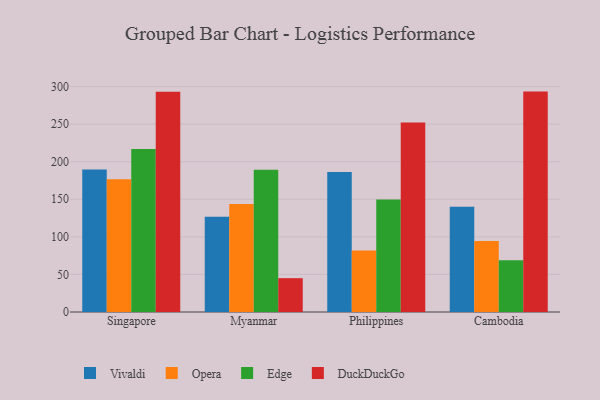
{"axis": {"x": "Country", "y": "Population (Million)"}, "legend": ["DuckDuckGo", "Edge", "Opera", "Vivaldi"], "data": [{"x": "Singapore", "y": 189.5, "type": "Vivaldi"}, {"x": "Singapore", "y": 176.6, "type": "Opera"}, {"x": "Singapore", "y": 216.9, "type": "Edge"}, {"x": "Singapore", "y": 293.1, "type": "DuckDuckGo"}, {"x": "Myanmar", "y": 126.6, "type": "Vivaldi"}, {"x": "Myanmar", "y": 143.8, "type": "Opera"}, {"x": "Myanmar", "y": 189.4, "type": "Edge"}, {"x": "Myanmar", "y": 45.0, "type": "DuckDuckGo"}, {"x": "Philippines", "y": 186.4, "type": "Vivaldi"}, {"x": "Philippines", "y": 81.9, "type": "Opera"}, {"x": "Philippines", "y": 149.6, "type": "Edge"}, {"x": "Philippines", "y": 252.3, "type": "DuckDuckGo"}, {"x": "Cambodia", "y": 139.9, "type": "Vivaldi"}, {"x": "Cambodia", "y": 94.4, "type": "Opera"}, {"x": "Cambodia", "y": 69.0, "type": "Edge"}, {"x": "Cambodia", "y": 293.3, "type": "DuckDuckGo"}]}